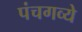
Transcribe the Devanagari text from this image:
पंचगव्ये